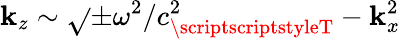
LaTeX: \mathbf{k}_{z}\sim\sqrt{}{{\pm\omega^{2}/c_{\scriptscriptstyleT}^{2}-\mathbf{k}_{x}^{2}}}